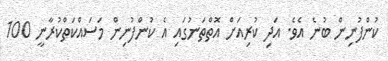
ކުންފުނިން ބުނެ އެވެ. އަދި ކުރިއަށް އޮތްތަނުގައި އެ ކުންފުނިން މަސައްކަތްކުރާނީ 100